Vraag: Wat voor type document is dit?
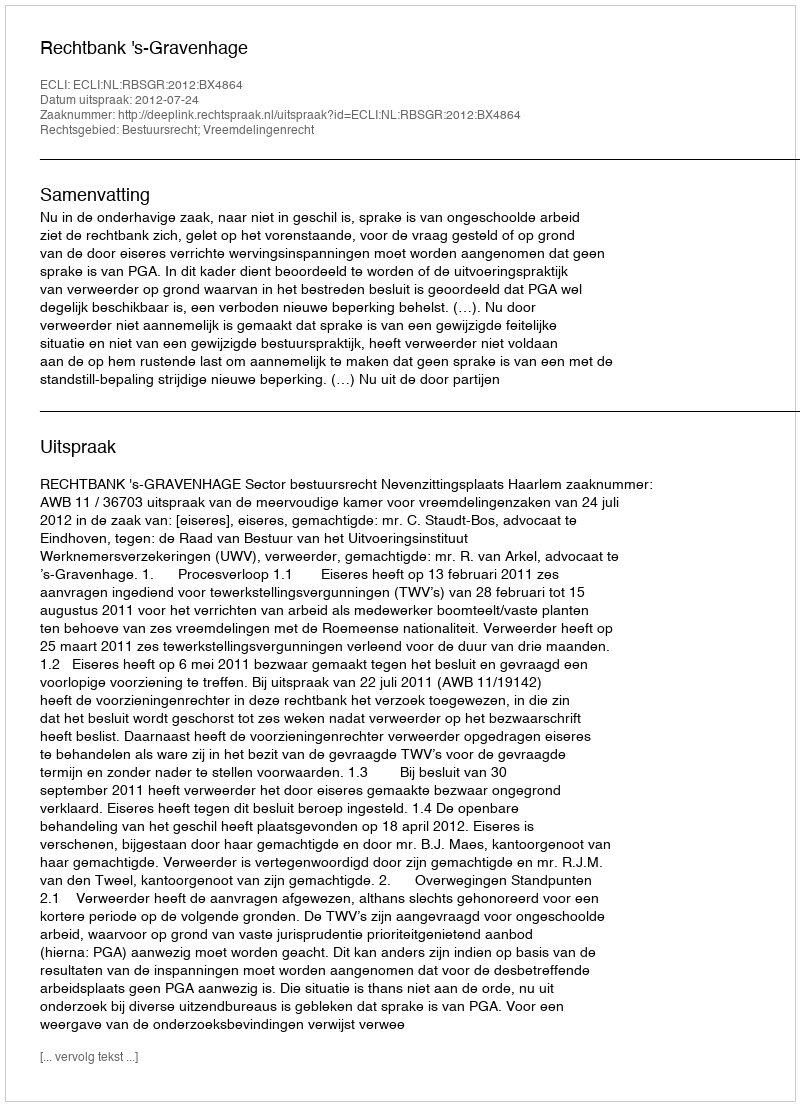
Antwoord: Uitspraak